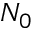
N _ { 0 }